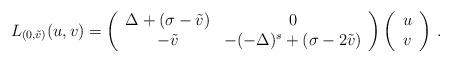
LaTeX: \begin{align*}L_{(0,\tilde v)}(u,v)=\left(\begin{array}{cc}\Delta+(\sigma-\tilde v) & 0 \\-\tilde v & -(-\Delta)^s+(\sigma-2\tilde v)\end{array}\right)\left(\begin{array}{c}u\\v\end{array}\right)\,.\end{align*}